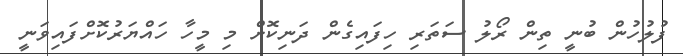
ފުލުހުން ބުނީ ތިން ރޯލު ސަތަރި ހިފައިގެން ދަނިކޮށް މި މީހާ ހައްޔަރުކޮށްފައިވަނީ